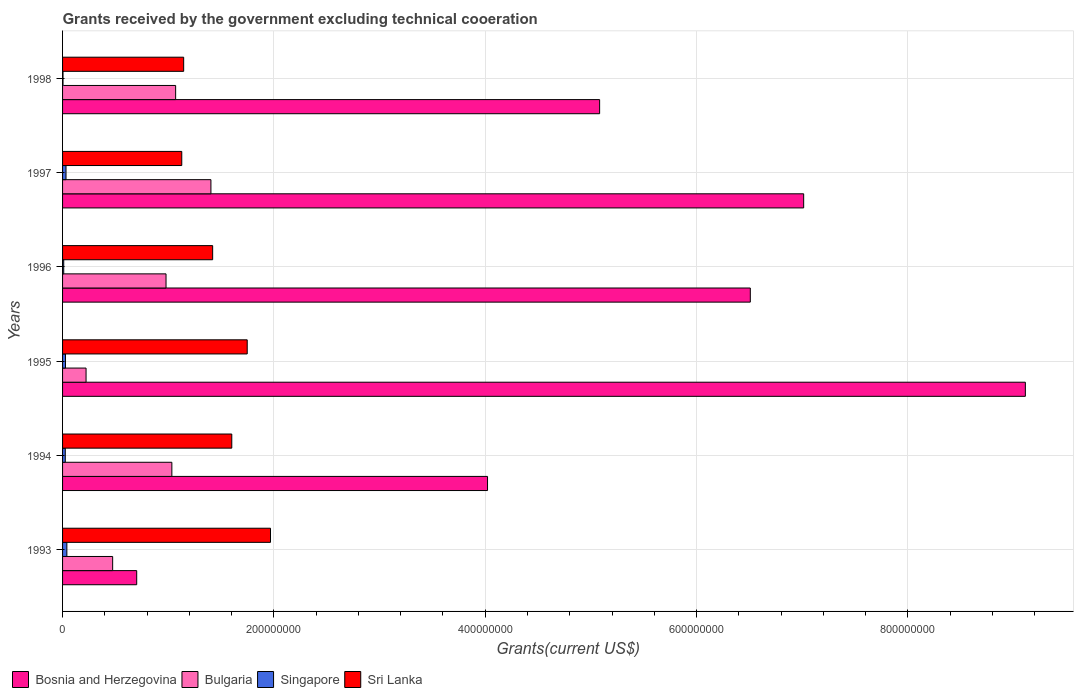
| Years | Bosnia and Herzegovina | Bulgaria | Singapore | Sri Lanka |
 | --- | --- | --- | --- | --- |
 | 1993 | 7.02e+07 | 4.74e+07 | 4.07e+06 | 1.97e+08 |
 | 1994 | 4.02e+08 | 1.03e+08 | 2.57e+06 | 1.6e+08 |
 | 1995 | 9.11e+08 | 2.22e+07 | 2.76e+06 | 1.75e+08 |
 | 1996 | 6.51e+08 | 9.79e+07 | 1.11e+06 | 1.42e+08 |
 | 1997 | 7.01e+08 | 1.4e+08 | 3.26e+06 | 1.13e+08 |
 | 1998 | 5.08e+08 | 1.07e+08 | 4.2e+05 | 1.15e+08 |